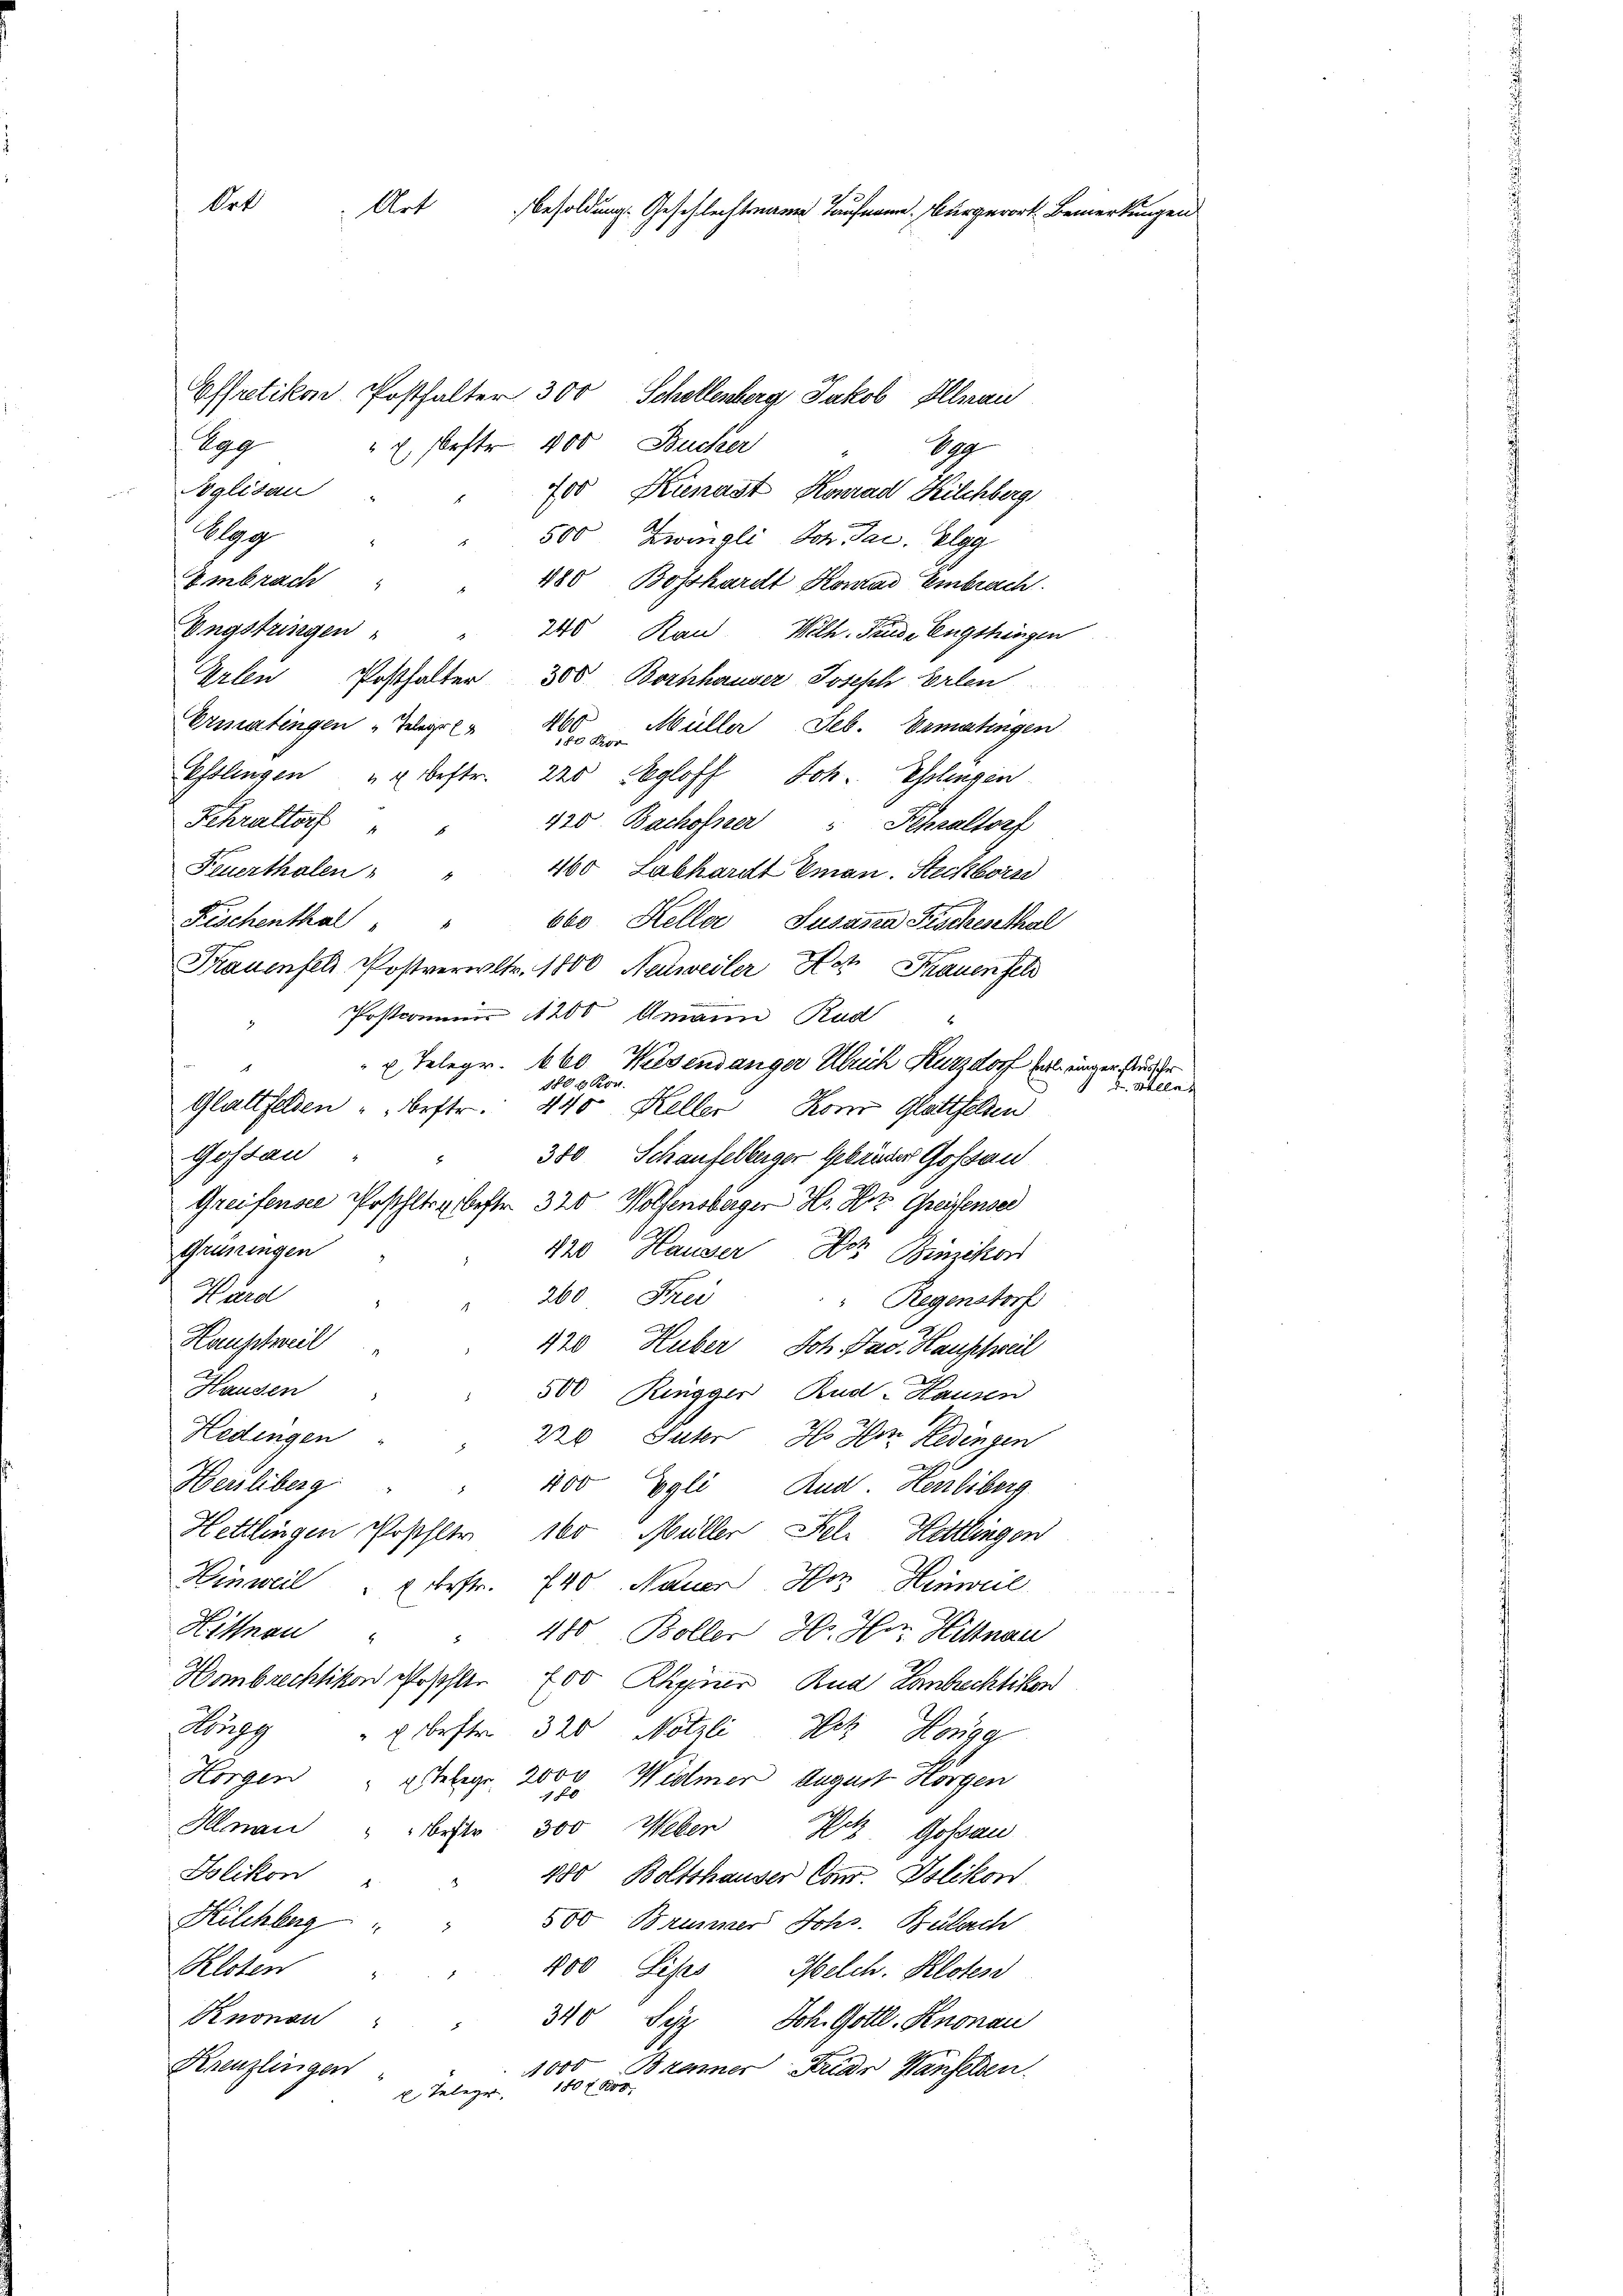
Art
Art Besoldung. Geschlechtmann Taufmann. Burgerort Bemerkunge

Effretikon, Posthalter 300 Schollenberg, Jakob Illnau
f. Dag
" E. Forster 400 Bucher
dg
Poglisau
700 Kienast, Konrad Kilchberg,
Wag
500 Zwinali Joh. Jac. Elgg
Embrach
480 Boßhardt Komar Embrach.
Engstringen
240 Kan Wilh. Prus, Engstringen
Erlen Posthalter 300 Bornhauser Joseph Erlen
)
N.
Ermatingen Telegr
Müller Seb. Ermangen
 Kor
Esslingen u. bestr. 220 Segloff, Joh. Eßlingen
Schraltorf
420 Bachofner u Fehraltorf
Feuerthalen
460 Labhardt Eman. Steckborne
Fischenthal
"obo Heller, Susanna Fischenthal
Trauenfel Postverwltr. 1800, Neuweiler Not, Frauenfel
Postcommis 1200 Amann Rud
u Telegr. 460 Kiesendanger Ulrich Kurzdorf hat einger studier
1800 Kon
Glattfelden " " bestr. 440. Keller Koni Glattfelden
Gostan
380 Schaufelbiger Gebrüder Goßau
Greifensee Posthlr. bestr. 320 Wolfensberger Hs. Hr. Greifensel
Grüningen
120 Hauser Dr. Binzikon
Härd
260 Frei
" Regenstorf
Hauptweil
420 Huber, Joh. Fav. Hausheil
Hausen
500 Ringger, Rud-Hausen
Hedingen
220 Suter Hs. Hr. Hedingen
Herliberg " " 400 Egli, Rud. Henliberg
Hettlingen Posthler 160 Müller Fel. Kettlingen
Hinweil "  bestr. 740 Nauer Hoz Hinweil
Hittnau
480 Boller Hr. Hrn. Hittnau
Hombrechtikon geschler 200 Rhyner Rua Landrechtikon
Sulg
u. bester 320 Nötzli Hoz Honigg
Horgen " telegt 2000 Widmer August Horgen
1 80
Illnau bester 300 Weben Hotz Goßau
Jolikon
280 Boltshauser Can. Islikon
Kilchberg
500 Brunner Johs. Bülach
Kloten
" 400 Leses Melch. Kloten
Knonau
340 Syz Joh. Gottl. Knonau
Krenzlingen
1000 Branner Fride Hanfelden
180 f 800.
x Teleger,

d Stelle